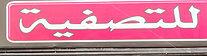
للتصفيت